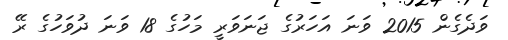
ވަދެގެން 2015 ވަނަ އަހަރުގެ ޖަނަވަރީ މަހުގެ 18 ވަނަ ދުވަހުގެ ރޭ